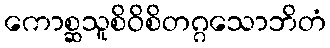
ကောစ္ဆသူစိဝိစိတဂ္ဂသောဘိတံ